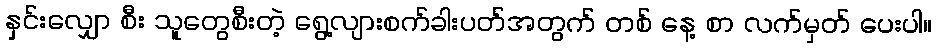
နှင်းလျှော စီး သူတွေစီးတဲ့ ရွေ့လျားစက်ခါးပတ်အတွက် တစ် နေ့ စာ လက်မှတ် ပေးပါ။